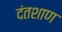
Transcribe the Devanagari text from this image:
दंतशाण